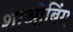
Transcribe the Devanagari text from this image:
शाओबिंग